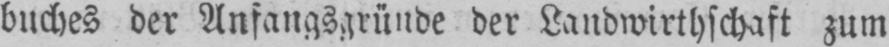
buches der Anfangsgründe der Landwirthschaft zum